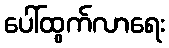
ပေါ်ထွက်လာရေး